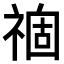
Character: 𥚽